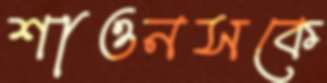
শাওনসকে